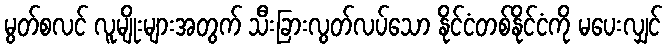
မွတ်စလင် လူမျိုးများအတွက် သီးခြားလွတ်လပ်သော နိုင်ငံတစ်နိုင်ငံကို မပေးလျှင်